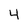
Character: 4